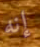
إنه